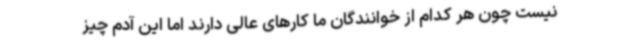
نیست چون هر کدام از خوانندگان ما کارهای عالی دارند اما این آدم چیز